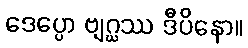
ဒေပ္ပော ဗျဂ္ဃဿ ဒီပိနော။